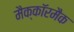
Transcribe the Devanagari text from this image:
मैक्कॉरमैक